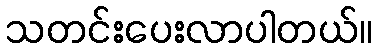
သတင်းပေးလာပါတယ်။